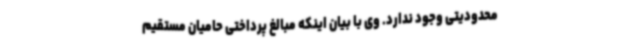
محدودیتی وجود ندارد. وی با بیان اینکه مبالغ پرداختی حامیان مستقیم